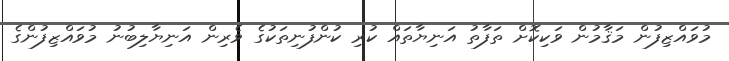
މުވައްޒިފުން މަޤާމުން ވަކިކޮށް ތަފާތު އަނިޔާތައް ކުރި ކުންފުނިތަކުގެ ވެރިން އަނިޔާލިބުނު މުވައްޒިފުންގެ